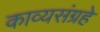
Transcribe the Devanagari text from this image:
काव्यसंग्रहे